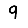
Digit: 9